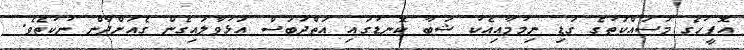
އޮފީހުގެ މަސައްކަތުގެ ގަޑި ނިމުމާއިއެކު ޝަބާ ކޮނޑުގައި އަތްދަބަސް އަޅުވާލައިގެން ގެއަށްދާން ނުކުތެވެ.